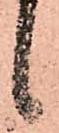
候